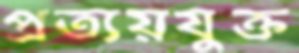
প্রত্যয়যুক্ত